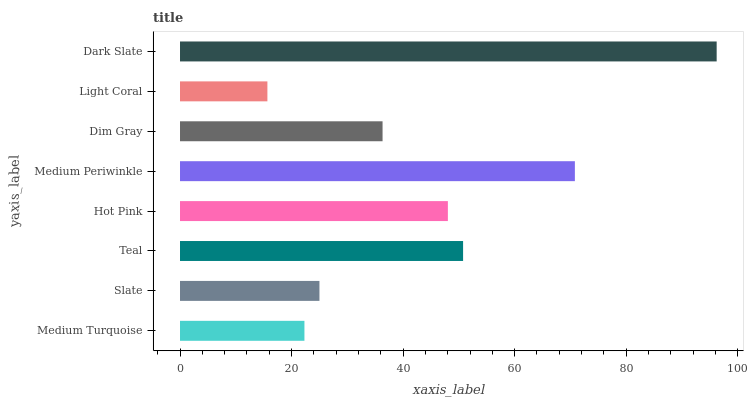
| yaxis_label | bars |
 | --- | --- |
 | Medium Turquoise | 22.3 |
 | Slate | 25 |
 | Teal | 50.8 |
 | Hot Pink | 48 |
 | Medium Periwinkle | 70.8 |
 | Dim Gray | 36.3 |
 | Light Coral | 15.7 |
 | Dark Slate | 96.2 |